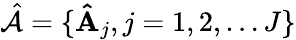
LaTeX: \hat{\mathcal{A}}=\{ \mathbf{\hat{A}}_{j},j=1,2,\ldots J\}